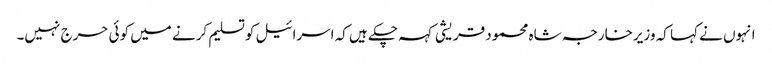
انہوں نے کہا کہ وزیرخارجہ شاہ محمود قریشی کہہ چکے ہیں کہ اسرائیل کو تسلیم کرنے میں کوئی حرج نہیں۔